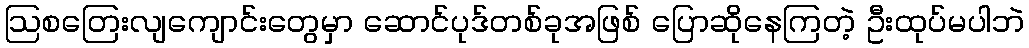
ဩစတြေးလျကျောင်းတွေမှာ ဆောင်ပုဒ်တစ်ခုအဖြစ် ပြောဆိုနေကြတဲ့ ဦးထုပ်မပါဘဲ